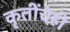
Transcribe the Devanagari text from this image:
कृतींचेही